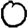
Digit: 0